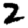
Digit: 2